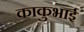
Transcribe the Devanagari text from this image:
काकुभाई